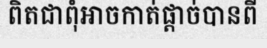
ពិតជាពុំអាចកាត់ផ្តាច់បានពី